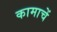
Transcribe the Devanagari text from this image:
कामाचें